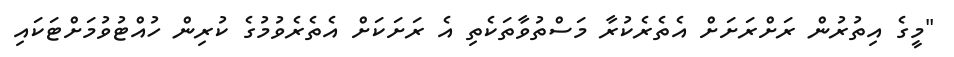
"މީގެ އިތުރުން ރަށްރަށަށް އެތެރެކުރާ މަސްތުވާތަކެތި އެ ރަށަކަށް އެތެރެވުމުގެ ކުރިން ހުއްޓުވުމަށްޓަކައި